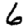
Digit: 6